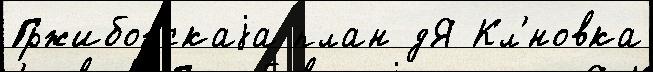
Гржибовскаjа план дЯ Кл'́новка